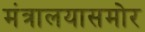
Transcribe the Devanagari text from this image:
मंत्रालयासमोर